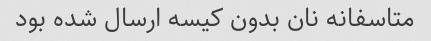
متاسفانه نان بدون کیسه ارسال شده بود